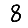
Digit: 8